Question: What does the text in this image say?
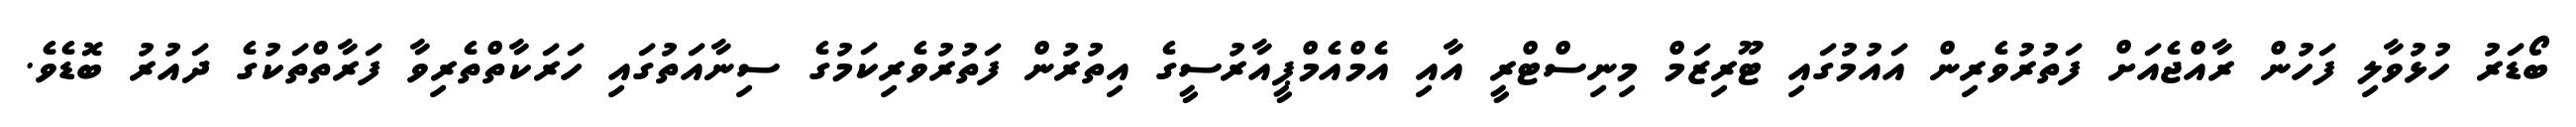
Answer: ބޯޑަރު ހުޅުވާލި ފަހުން ރާއްޖެއަށް ފަތުރުވެރިން އައުމުގައި ޓޫރިޒަމް މިނިސްޓްރީ އާއި އެމްއެމްޕީއާރުސީގެ އިތުރުން ފަތުރުވެރިކަމުގެ ސިނާއަތުގައި ހަރަކާތްތެރިވާ ފަރާތްތަކުގެ ދައުރު ބޮޑެވެ.